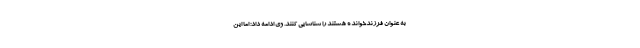
به عنوان فرزندخوانده هستند را شناسایی کنند. وی ادامه داد: اما این